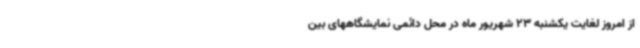
از امروز لغایت یکشنبه 23 شهریور ماه در محل دائمی نمایشگاههای بین